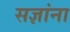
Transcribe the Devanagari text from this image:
सज्ञांना